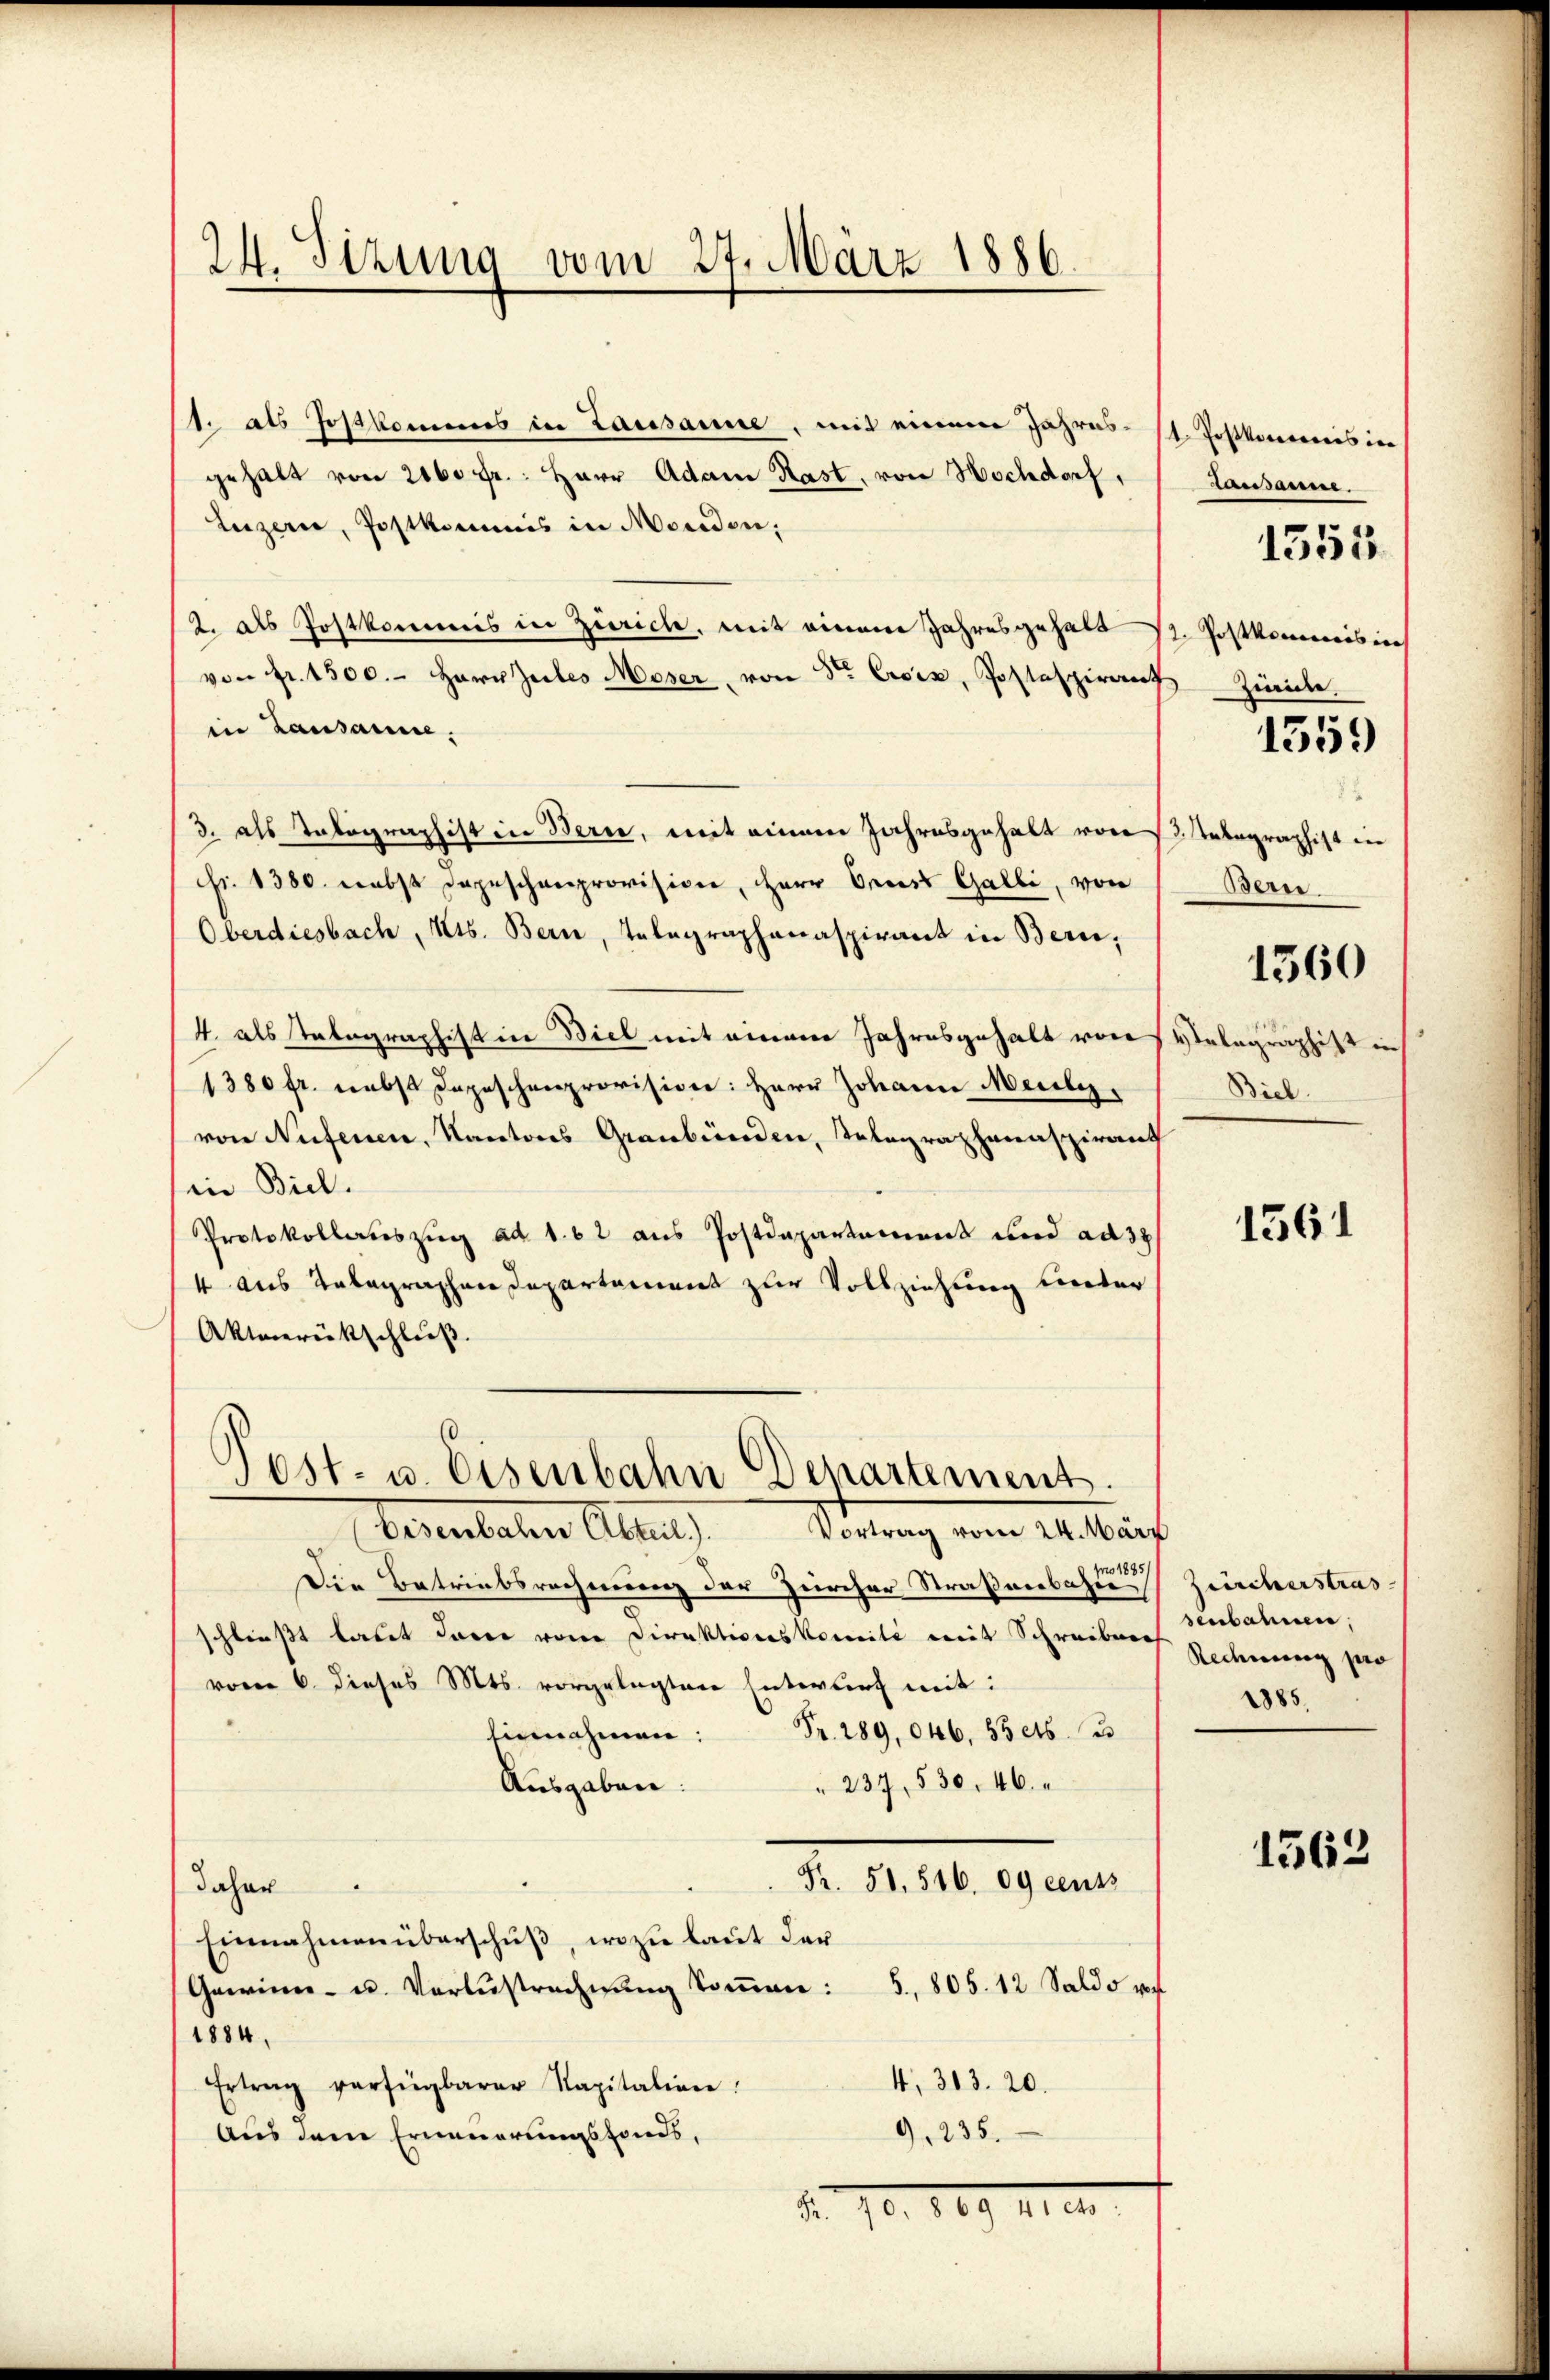
24. Sizung vom 27. März 1886.

1. als Jostkommes in Lausanne, mit einem Jahres- (1. Postkommnis in
gehalt von 2160 fr.: Herr Adam Rast, von Hochdorf,
Luzern, Postkommis in Morden,
2. als Postkommis in Zürich, mit einem Jahresgehalt St. Postkommisin
von Fr. 1500.- Herr Zules Moser von Stern Eisiz, Postaspiramt Zürich.
in Lausanne.
3. als Tatographist in Bern, mit einem Jahresgehalt von 13. Telegraphist in
Fr. 1380. nebst dageschenprovision, HHerr Oecess Galli, von
Oberdiesbach, Kts. Bern, Telegraphanaspirant in Bern,
4. als Tatographist in Biel mit einem Jahresgehalt von Valagraphist in
1380 fr. nebst Depeschenprovision: Herr Johann Meile,
von Nufenen, Kantons Graubünden, Telegraphaenspirant
in Biel.
Protokollauszug ad 1. 62 aus Postdepartement und ad 37
4 aus Talagraphen Departement zur Vollziehung unter
Aktmerükschluß.

Post- u. Eisenbahn Departement
Veventaten Abteil) Vierung vom 10. beurt

Die Betriebsrechnung der Zürcher Straßenbahne
schließt laut darin von Direktionskomité mit Schreiben Rechnung per
vom 6. dieses Mts. vorgelegten Entwurf mit:
Fr. 289, 046. 53 et 2
Einnahmen
" 237, 530. 46.
Ausgaben:
Fr. 51. 516. 09 cents
daher
Einnahmen überschuß, wozu laut der
Gawinn- u. Verlustrechnung kommen: 5, 805. 12 Saldo vo
1884,
4, 313. 20.
Ertrag verfügbarer Kapitalien:
9,235.
Aus dem Erneuerungsfonds,
d. 10. 1889. 110

pro 18951

Lausanne.

1551

1359

52
Bern
1560
Biel.

1561

Ziecherstras
senbahnen,
1885.

1562